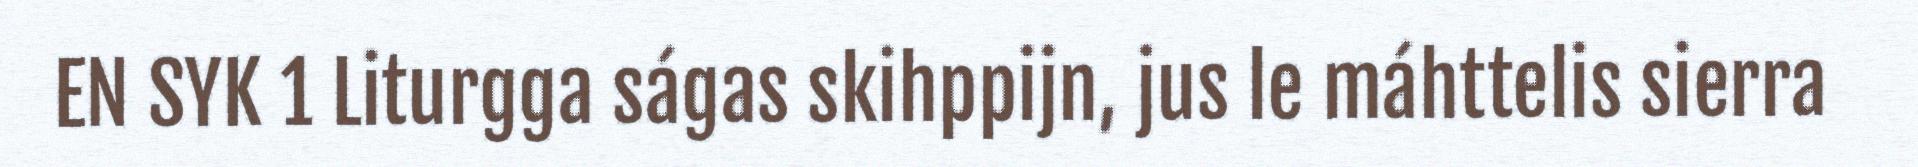
EN SYK 1 Liturgga ságas skihppijn, jus le máhttelis sierra